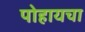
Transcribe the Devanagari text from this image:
पोहायचा